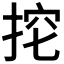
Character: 𢭔